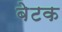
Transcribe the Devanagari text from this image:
बेटक